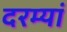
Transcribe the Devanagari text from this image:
दरम्‍यां